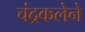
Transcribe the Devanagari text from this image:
चंद्रकलेने